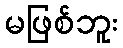
မဖြစ်ဘူး